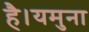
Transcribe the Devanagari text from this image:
है।यमुना